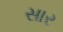
સાર